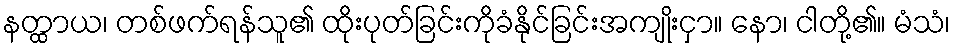
နတ္ထာယ၊ တစ်ဖက်ရန်သူ၏ ထိုးပုတ်ခြင်းကိုခံနိုင်ခြင်းအကျိုးငှာ။ နော၊ ငါတို့၏။ မံသံ၊